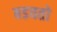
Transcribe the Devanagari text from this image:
बडवतो